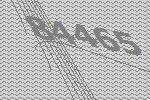
84465